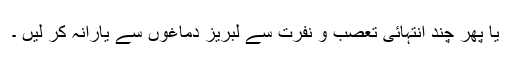
یا پھر چند انتہائی تعصب و نفرت سے لبریز دماغوں سے یارانہ کر لیں ۔